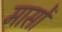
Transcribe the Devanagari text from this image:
मासाें